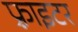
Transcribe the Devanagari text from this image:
फ़्राइटर